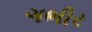
ગભીર